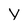
Character: v